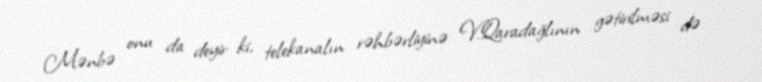
Mənbə onu da deyir ki, telekanalın rəhbərliyinə V.Qaradağlının gətirilməsi də